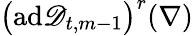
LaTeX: \bigl(\mathrm{ad}\mathscr{D}_{t,m-1}\bigr)^{r}(\nabla)